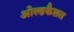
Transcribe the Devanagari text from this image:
ओल्डकैशल